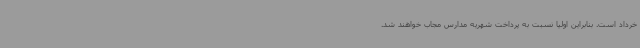
خرداد است. بنابراین اولیا نسبت به پرداخت شهریه مدارس مجاب خواهند شد.